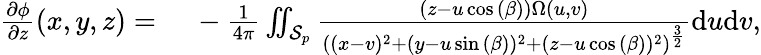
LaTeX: \begin{array}{rl}{\frac{\partial\phi}{\partial z}(x,y,z)={}}&{{}-\frac{1}{4\pi}\iint_{\mathcal{S}_{p}}\frac{(z-u\cos{(\beta)})\Omega(u,v)}{\left((x-v)^{2}+(y-u\sin{(\beta)})^{2}+(z-u\cos{(\beta)})^{2}\right)^{\frac{3}{2}}}\mathrm{d}u\mathrm{d}v,}\end{array}